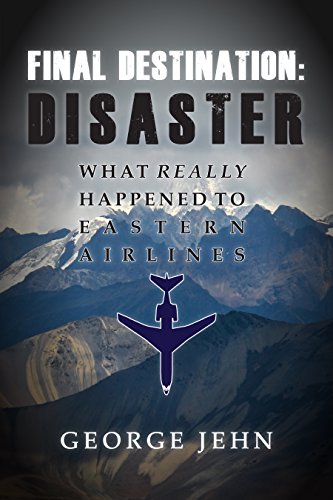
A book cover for Final Destination: Disaster: What Really Happened to Eastern Airlines; George Jehn New York; Biographies & Memoirs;